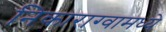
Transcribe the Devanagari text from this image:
निकाराग्वामध्ये